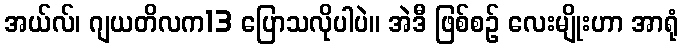
အယ်လ်၊ ဂျယတိလက13 ပြောသလိုပါပဲ။ အဲဒီ ဖြစ်စဉ် လေးမျိုးဟာ အာရုံ